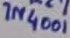
Text: 1N4001